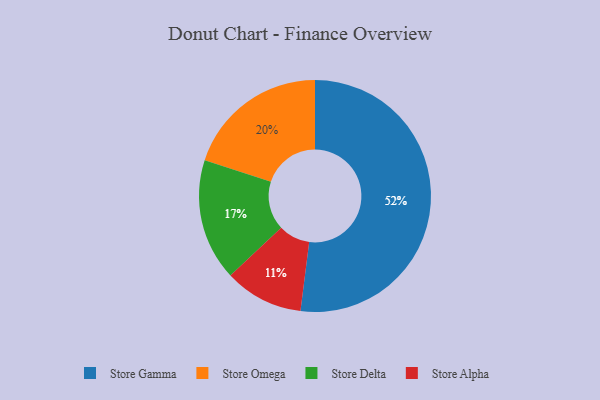
{"axis": {"x": "Category", "y": "Percentage"}, "legend": ["Store Alpha", "Store Delta", "Store Gamma", "Store Omega"], "data": [{"x": "Store Gamma", "y": 52, "type": "Store Gamma"}, {"x": "Store Omega", "y": 20, "type": "Store Omega"}, {"x": "Store Delta", "y": 17, "type": "Store Delta"}, {"x": "Store Alpha", "y": 11, "type": "Store Alpha"}]}